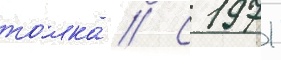
то́лка // С 1971